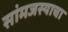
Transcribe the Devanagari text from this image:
सांमजस्याचा